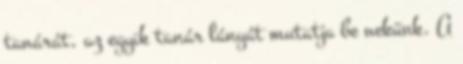
tanárát, az egyik tanár lányát mutatja be nekünk. A